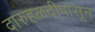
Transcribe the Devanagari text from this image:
दारुहळदीपासून